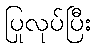
ပြုလုပ်ပြီး